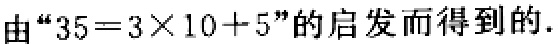
由“\(35 = 3\times10 + 5\)”的启发而得到的.